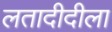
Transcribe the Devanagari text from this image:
लतादीदीला